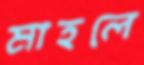
মাহলে